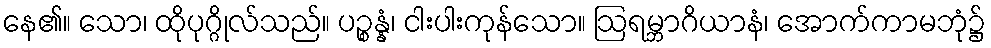
နေ၏။ သော၊ ထိုပုဂ္ဂိုလ်သည်။ ပဉ္စန္နံ၊ ငါးပါးကုန်သော။ ဩရမ္ဘာဂိယာနံ၊ အောက်ကာမဘုံ၌